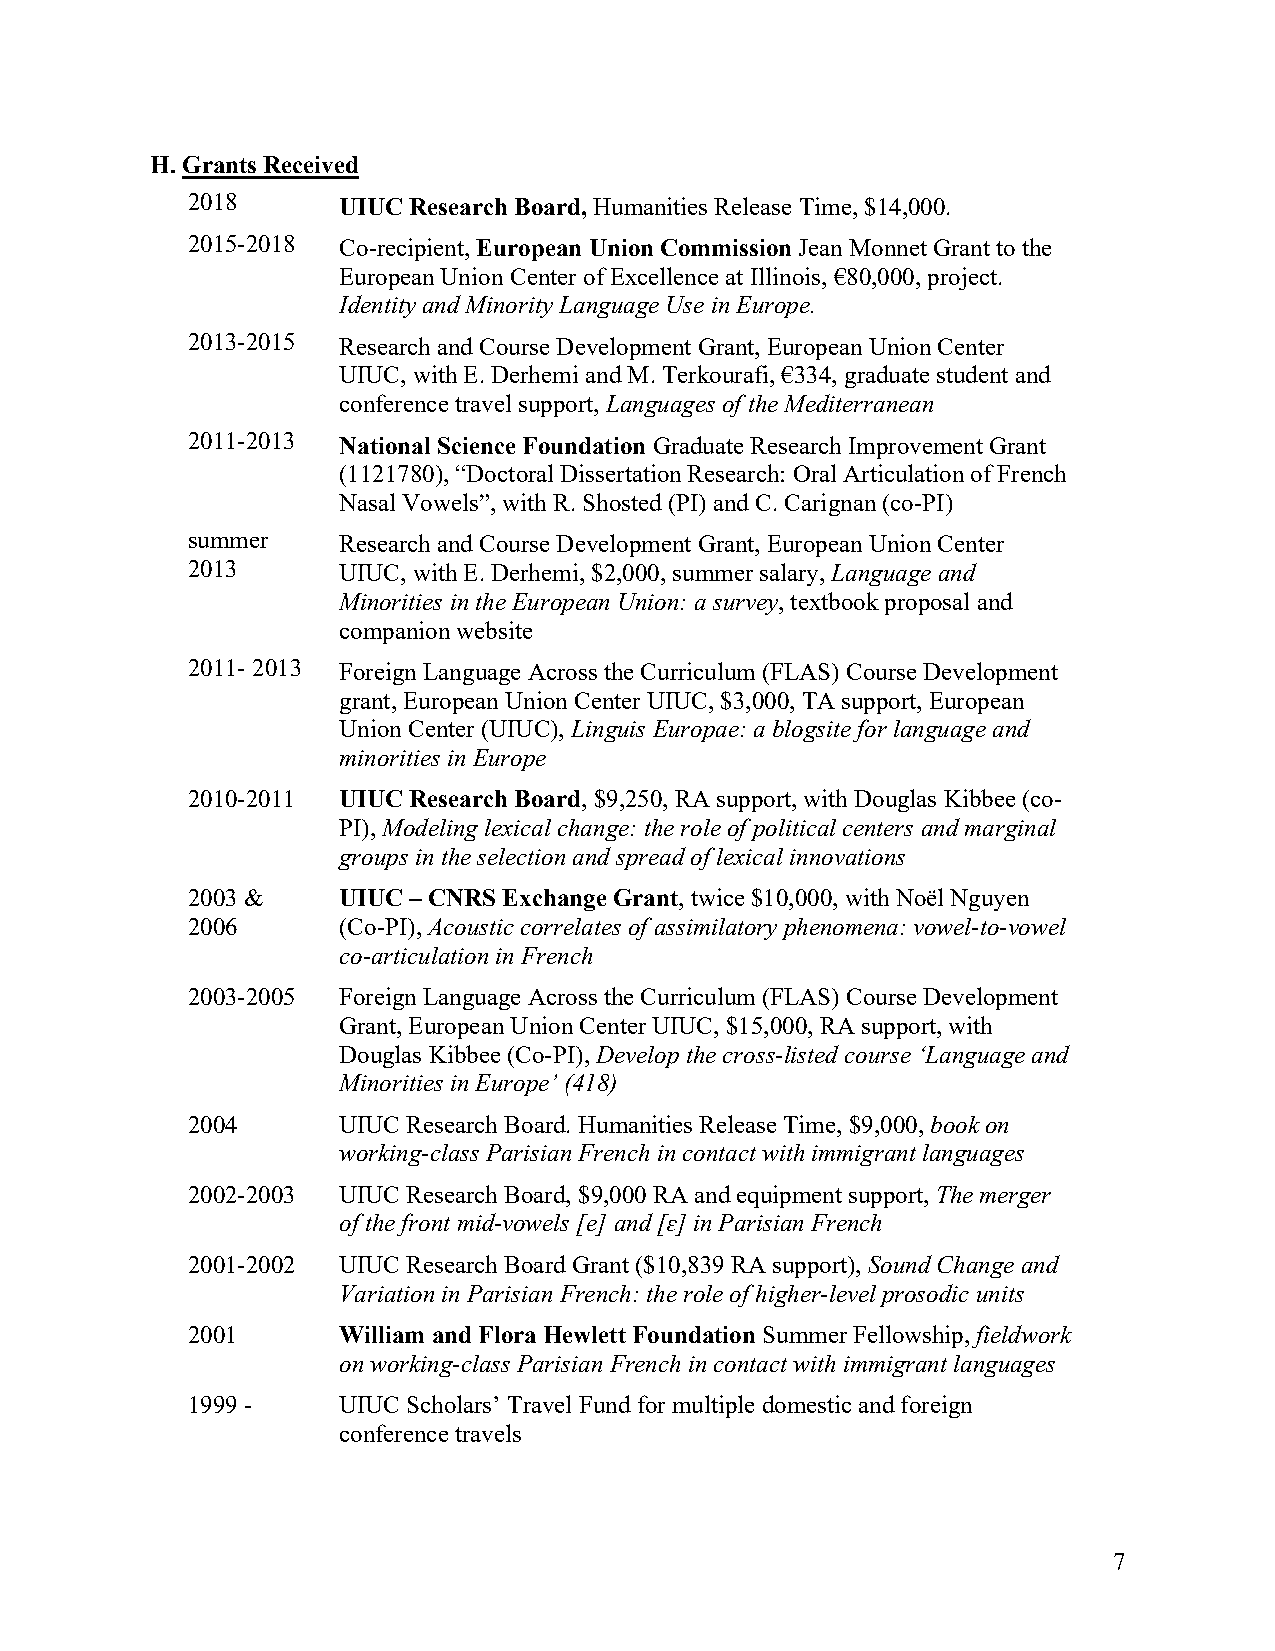
H. Grants Received
 2018      UIUC Research Board, Humanities Release Time, $14,000.
 2015-2018 Co-recipient, European Union Commission Jean Monnet Grant to the
 European Union Center of Excellence at Illinois, €80,000, project.
 Identity and Minority Language Use in Europe.
 2013-2015 Research and Course Development Grant, European Union Center
 UIUC, with E. Derhemi and M. Terkourafi, €334, graduate student and
 conference travel support, Languages of the Mediterranean
 2011-2013 National Science Foundation Graduate Research Improvement Grant
 (1121780), “Doctoral Dissertation Research: Oral Articulation of French
 Nasal Vowels”, with R. Shosted (PI) and C. Carignan (co-PI)
 summer    Research and Course Development Grant, European Union Center
 2013      UIUC, with E. Derhemi, $2,000, summer salary, Language and
 Minorities in the European Union: a survey, textbook proposal and
 companion website
 2011- 2013 Foreign Language Across the Curriculum (FLAS) Course Development
 grant, European Union Center UIUC, $3,000, TA support, European
 Union Center (UIUC), Linguis Europae: a blogsite for language and
 minorities in Europe
 2010-2011 UIUC Research Board, $9,250, RA support, with Douglas Kibbee (co-
 PI), Modeling lexical change: the role of political centers and marginal
 groups in the selection and spread of lexical innovations
 2003 &    UIUC – CNRS Exchange Grant, twice $10,000, with Noël Nguyen
 2006      (Co-PI), Acoustic correlates of assimilatory phenomena: vowel-to-vowel
 co-articulation in French
 2003-2005 Foreign Language Across the Curriculum (FLAS) Course Development
 Grant, European Union Center UIUC, $15,000, RA support, with
 Douglas Kibbee (Co-PI), Develop the cross-listed course ‘Language and
 Minorities in Europe’ (418)
 2004      UIUC Research Board. Humanities Release Time, $9,000, book on
 working-class Parisian French in contact with immigrant languages
 2002-2003 UIUC Research Board, $9,000 RA and equipment support, The merger
 of the front mid-vowels [e] and [ɛ] in Parisian French
 2001-2002 UIUC Research Board Grant ($10,839 RA support), Sound Change and
 Variation in Parisian French: the role of higher-level prosodic units
 2001      William and Flora Hewlett Foundation Summer Fellowship, fieldwork
 on working-class Parisian French in contact with immigrant languages
 1999 -    UIUC Scholars’ Travel Fund for multiple domestic and foreign
 conference travels
 7